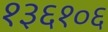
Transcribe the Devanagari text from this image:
१३६१०६